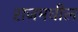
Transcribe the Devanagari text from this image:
राजमधील